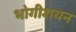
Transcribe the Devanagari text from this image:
भोगीशयन